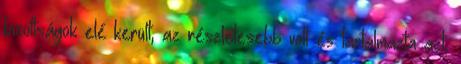
bizottságok elé került, az részletesebb volt és tartalmazta azt,